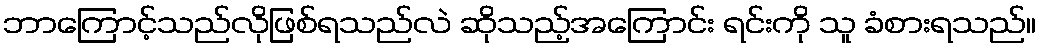
ဘာကြောင့်သည်လိုဖြစ်ရသည်လဲ ဆိုသည့်အကြောင်း ရင်းကို သူ ခံစားရသည်။